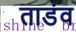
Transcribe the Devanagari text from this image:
ताडंव